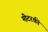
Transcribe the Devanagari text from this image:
मीटरकी